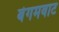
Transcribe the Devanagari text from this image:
बेगमवाट